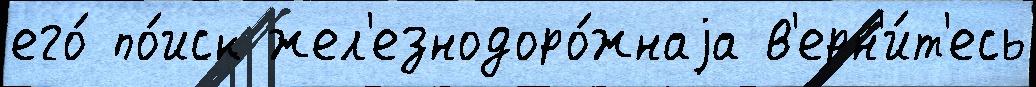
его́ по́иск жел'езнодоро́жнаjа в'ерн'и́т'есь